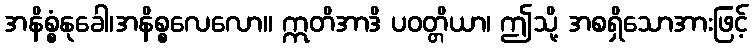
အနိစ္စံနုခေါ၊အနိစ္စလေလော။ ဣတိအာဒိ ပဝတ္တိယာ၊ ဤသို့ အစရှိသောအားဖြင့်